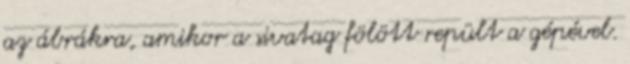
az ábrákra, amikor a sivatag fölött repült a gépével.